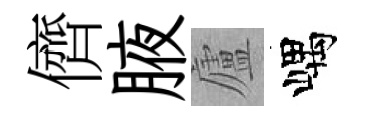
儕腋廬嵎